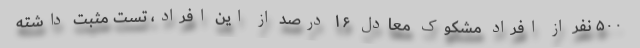
۵۰۰ نفر از افراد مشکوک معادل ۱۶ درصد از این افراد، تست مثبت داشته